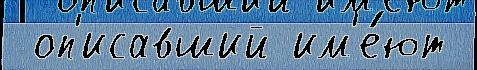
 оп'исавший им'е́ют